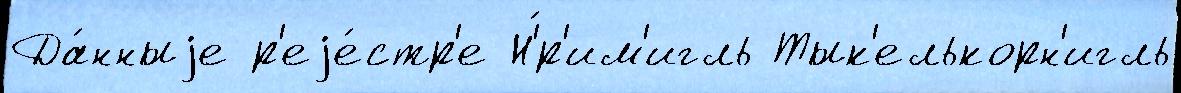
Да́нныjе р'еjе́стр'е Н'́р'им'игль Тык'елькорн'игль